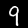
Digit: 9